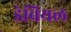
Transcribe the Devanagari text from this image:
डेवियल